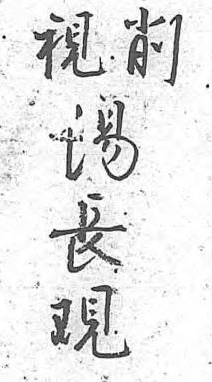
削湯視長 覌